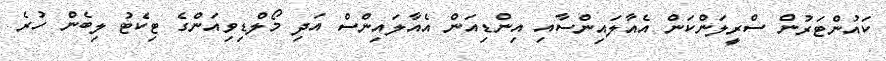
ކައުންޓަރުން ސްރީލަންކަން އެއާލައިންސާއި އިންޑިއަން އެއާލައިންސް އަދި މޯލްޑިވިއަންގެ ޓިކެޓު ލިބެން ހުރެ